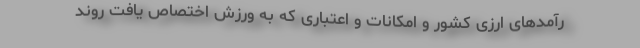
رآمدهای ارزی کشور و امکانات و اعتباری که به ورزش اختصاص یافت روند